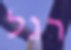
רגל